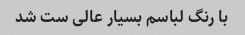
با رنگ لباسم بسیار عالی ست شد